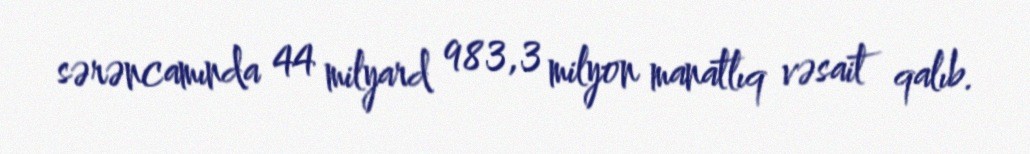
sərəncamında 44 milyard 983,3 milyon manatlıq vəsait qalıb.